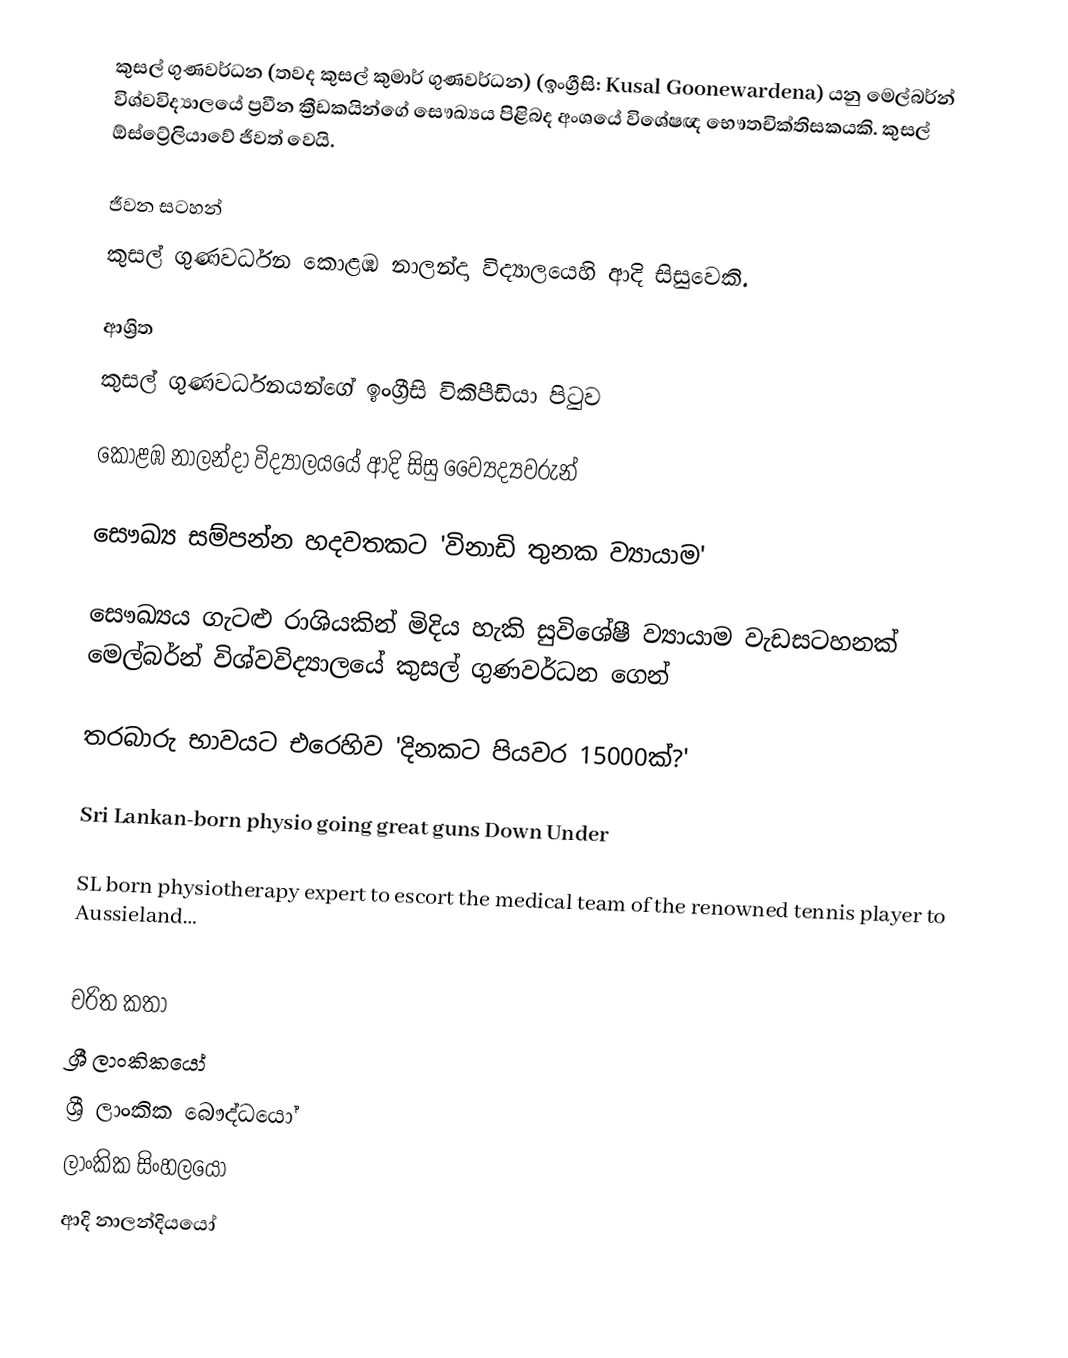
කුසල් ගුණවර්ධන (තවද කුසල් කුමාර් ගුණවර්ධන) (ඉංග්‍රීසි: Kusal Goonewardena) යනු මෙල්බර්න් විශ්වවිද්‍යාලයේ ප්‍රවීන ක්‍රීඩකයින්ගේ සෞඛ්‍යය පිළිබද අංශයේ විශේෂඥ භෞතචික්තිසකයකි. කුසල්  ඕස්ට්‍රේලියාවේ ජීවත් වෙයි.

ජීවන සටහන්
කුසල් ගුණවර්ධන  කොළඹ නාලන්දා විද්‍යා‍ලයෙහි ආදි සිසුවෙකි.

ආශ්‍රිත
 කුසල් ගුණවර්ධනයන්ගේ ඉංග්‍රීසි විකිපීඩියා පිටුව

 කොළඹ නාලන්දා විද්‍යාලයයේ ආදි සිසු ව්‍යෛද්‍යවරුන්

 සෞඛ්‍ය සම්පන්න හදවතකට 'විනාඩි තුනක ව්‍යායාම'

 සෞඛ්‍යය ගැටළු රාශියකින් මිදිය හැකි සුවිශේෂී ව්‍යායාම වැඩසටහනක් මෙල්බර්න් විශ්වවිද්‍යාලයේ කුසල් ගුණවර්ධන ගෙන්

 තරබාරු භාවයට එරෙහිව 'දිනකට පියවර 15000ක්?'

 Sri Lankan-born physio going great guns Down Under

 SL born physiotherapy expert to escort the medical team of the renowned tennis player to Aussieland…

චරිත කතා
ශ්‍රී ලාංකිකයෝ
ශ්‍රී ලාංකික බෞද්ධයෝ
ලාංකික සිංහලයෝ
ආදි නාලන්දියයෝ